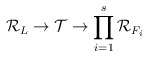
\begin{align*}\mathcal{R}_L\rightarrow\mathcal{T}\rightarrow\prod_{i=1}^s\mathcal{R}_{F_i}\end{align*}